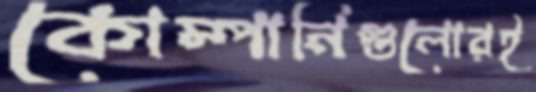
কোম্পানিগুলোরই